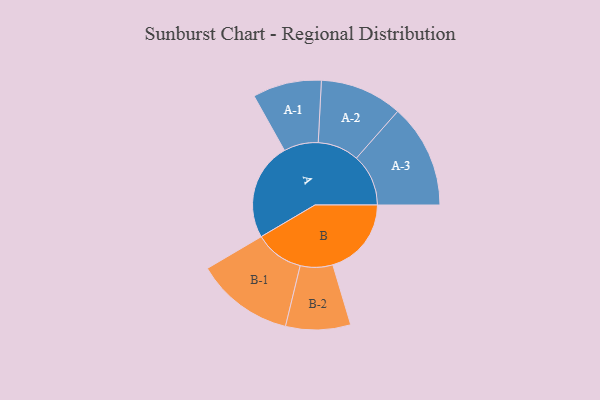
{"axis": {"x": "Segment", "y": "Value"}, "legend": ["", "A", "B"], "data": [{"x": "A", "y": 434, "type": ""}, {"x": "B", "y": 349, "type": ""}, {"x": "A-1", "y": 153, "type": "A"}, {"x": "A-2", "y": 183, "type": "A"}, {"x": "A-3", "y": 231, "type": "A"}, {"x": "B-1", "y": 218, "type": "B"}, {"x": "B-2", "y": 144, "type": "B"}]}